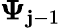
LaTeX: \boldsymbol{\Psi}_{\mathbf{j}-1}